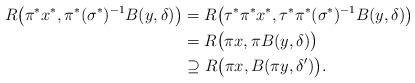
LaTeX: \begin{align*} R\big(\pi^* x^*,\pi^* (\sigma^*)^{-1} B(y, \delta) \big) &= R\big(\tau^* \pi^* x^*, \tau^*\pi^* (\sigma^*)^{-1} B(y, \delta) \big)\\ &= R\big( \pi x, \pi B(y, \delta) \big)\\ &\supseteq R\big( \pi x, B(\pi y,\delta') \big).\end{align*}